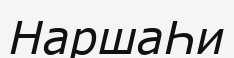
НаршаҺи